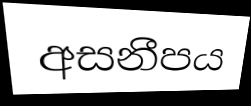
අසනීපය